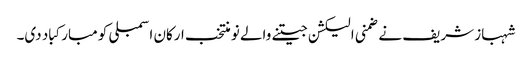
شہباز شریف نے ضمنی الیکشن جیتنے والے نو منتخب ارکان اسمبلی کو مبارکباد دی۔